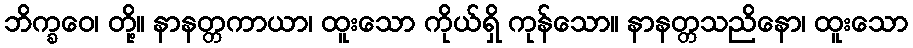
ဘိက္ခဝေ၊ တို့။ နာနတ္တကာယာ၊ ထူးသော ကိုယ်ရှိ ကုန်သော။ နာနတ္တသညိနော၊ ထူးသော